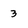
Character: 3